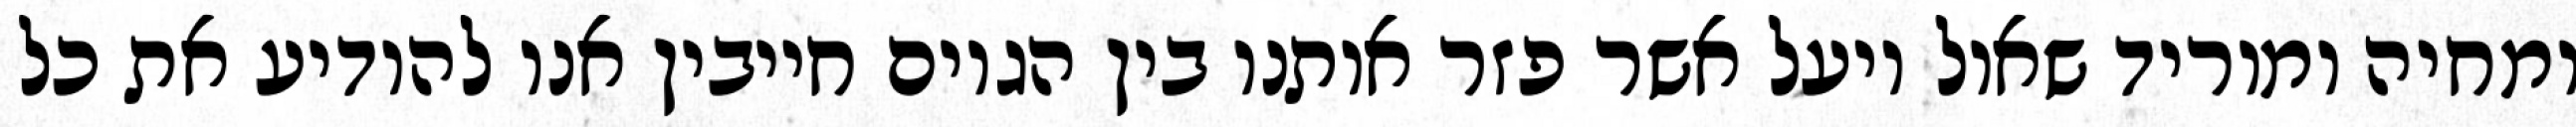
ומחיה ומוריד שאול ויעל אשר פזר אותנו בין הגוים חייבין אנו להודיע את כל